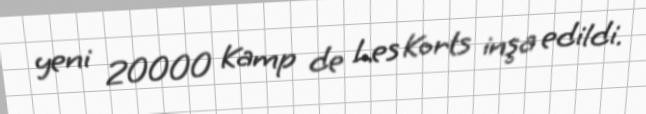
yeni 20000 Kamp de Les Korts inşa edildi.